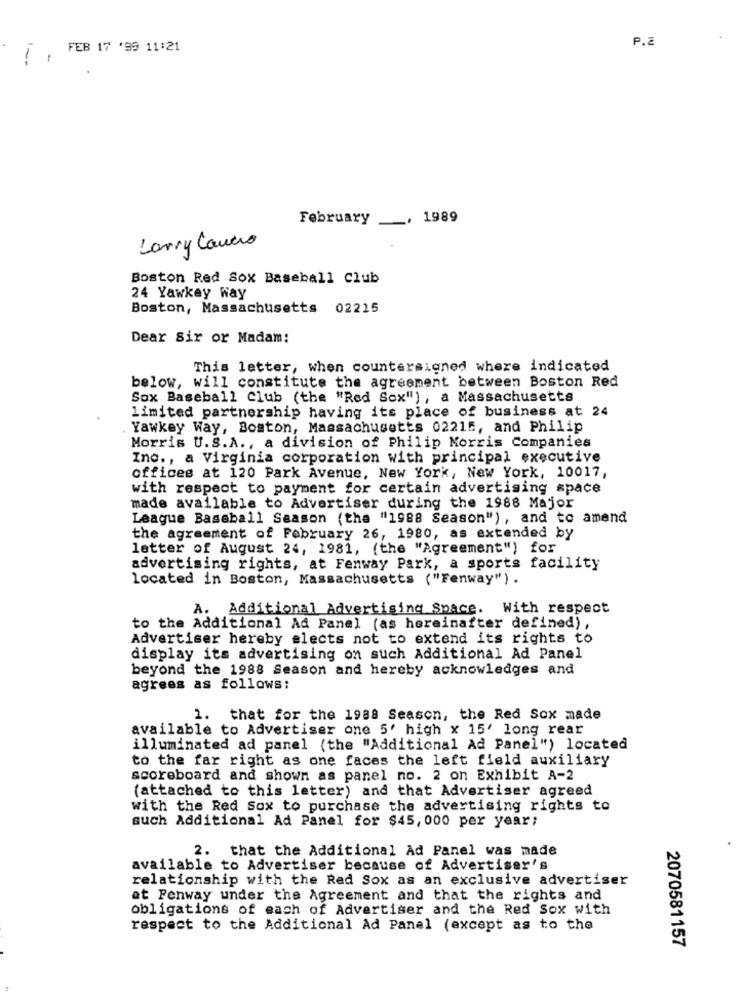
P.2
FEB 17 '99 11:21
February
1989
Larry Cancro
Boston Red Sox Baseball Club
24 Yawkey Way
Boston, Massachusetts
02215
Dear Sir or Madam:
This letter, when countersigned where indicated
below, will constitute the agreement between Boston Red
Sox Baseball Club (the "Red Sox") , a Massachusetts
limited partnership having its place of business at 24
Yawkey Way, Boston, Massachusetts 02215, and Philip
Morris U.S.A ., a division of Philip Morris Companies
Inc ., a Virginia corporation with principal executive
offices at 120 Park Avenue, New York, New York, 10017,
with respect to payment for certain advertising space
made available to Advertiser during the 1988 Major
League Baseball Season (the "1988 Season"), and to amend
the agreement of February 26, 1980, as extended by
letter of August 24, 1981, (the "Agreement") for
advertising rights, at Fenway Park, a sports facility
located in Boston, Massachusetts ("Fenway") .
A. Additional Advertising Space. With respect
to the Additional Ad Panel (as hereinafter defined),
Advertiser hereby elects not to extend its rights to
display its advertising on such Additional Ad Panel
beyond the 1988 Season and hereby acknowledges and
agrees as follows:
1. that for the 1988 Season, the Red Sox made
available to Advertiser one 5' high x 15' long rear
illuminated ad panel (the "Additional Ad Panel") located
to the far right as one faces the left field auxiliary
scoreboard and shown as panel no. 2 on Exhibit A-2
(attached to this letter) and that Advertiser agreed
with the Red Sox to purchase the advertising rights to
such Additional Ad Panel for $45,000 per year;
2. that the Additional Ad Panel was made
available to Advertiser because of Advertiser's
relationship with the Red Sox as an exclusive advertiser
at Fenway under the Agreement and that the rights and
obligations of each of Advertiser and the Red Sox with
respect to the Additional Ad Panel (except as to the
2070581157